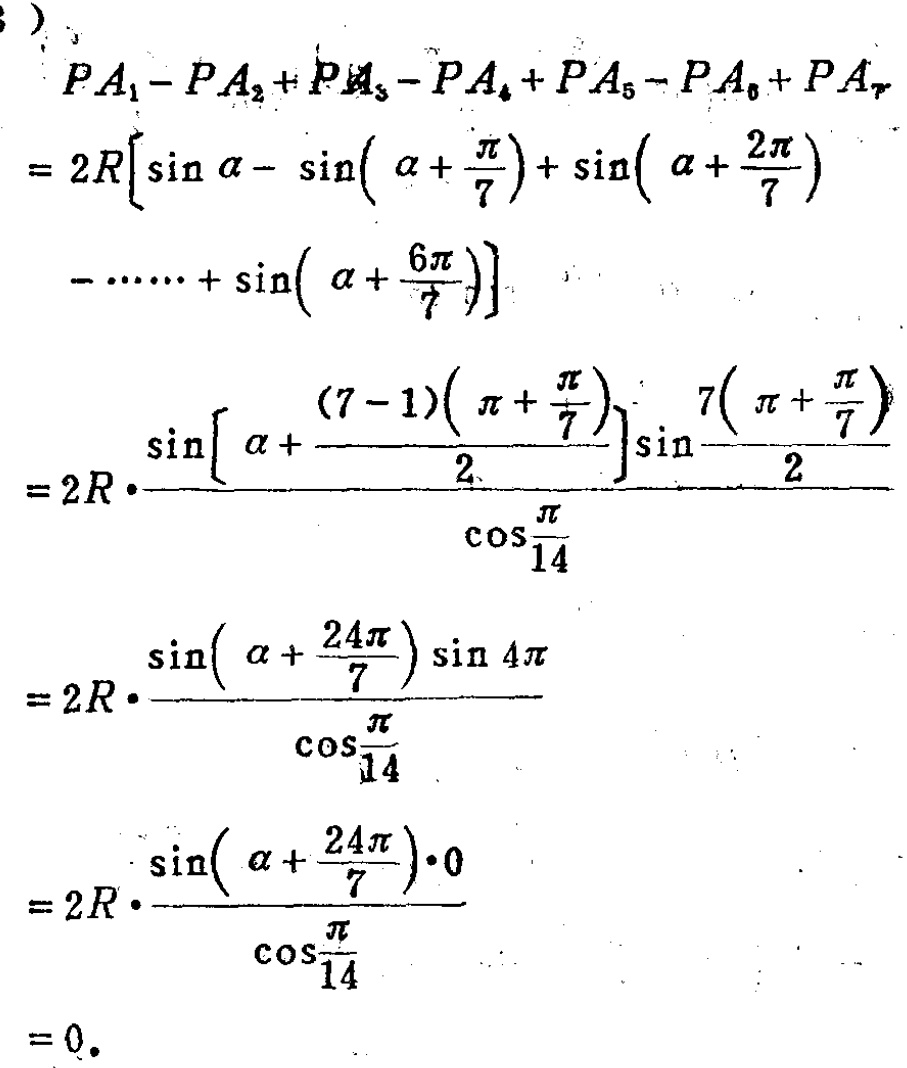
\[
\begin{align*}
&PA_1 - PA_2+PA_3 - PA_4 + PA_5 - PA_6+PA_7\\
=&2R\left[\sin\alpha-\sin\left(\alpha+\frac{\pi}{7}\right)+\sin\left(\alpha+\frac{2\pi}{7}\right)-\cdots+\sin\left(\alpha+\frac{6\pi}{7}\right)\right]\\
=&2R\cdot\frac{\sin\left[\alpha+\frac{(7 - 1)\left(\pi+\frac{\pi}{7}\right)}{2}\right]\sin\frac{7\left(\pi+\frac{\pi}{7}\right)}{2}}{\cos\frac{\pi}{14}}\\
=&2R\cdot\frac{\sin\left(\alpha+\frac{24\pi}{7}\right)\sin4\pi}{\cos\frac{\pi}{14}}\\
=&2R\cdot\frac{\sin\left(\alpha+\frac{24\pi}{7}\right)\cdot0}{\cos\frac{\pi}{14}}\\
=&0.
\end{align*}
\]